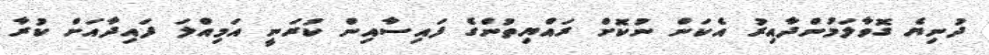
ދުނިޔެ ގޮވާލަމުންދާއިރު އެކަން ނުކޮށް ރައްޔިތުންގެ ފައިސާއިން ކުރަނީ އަމިއްލަ ފައިދާއަށް ކުރާ